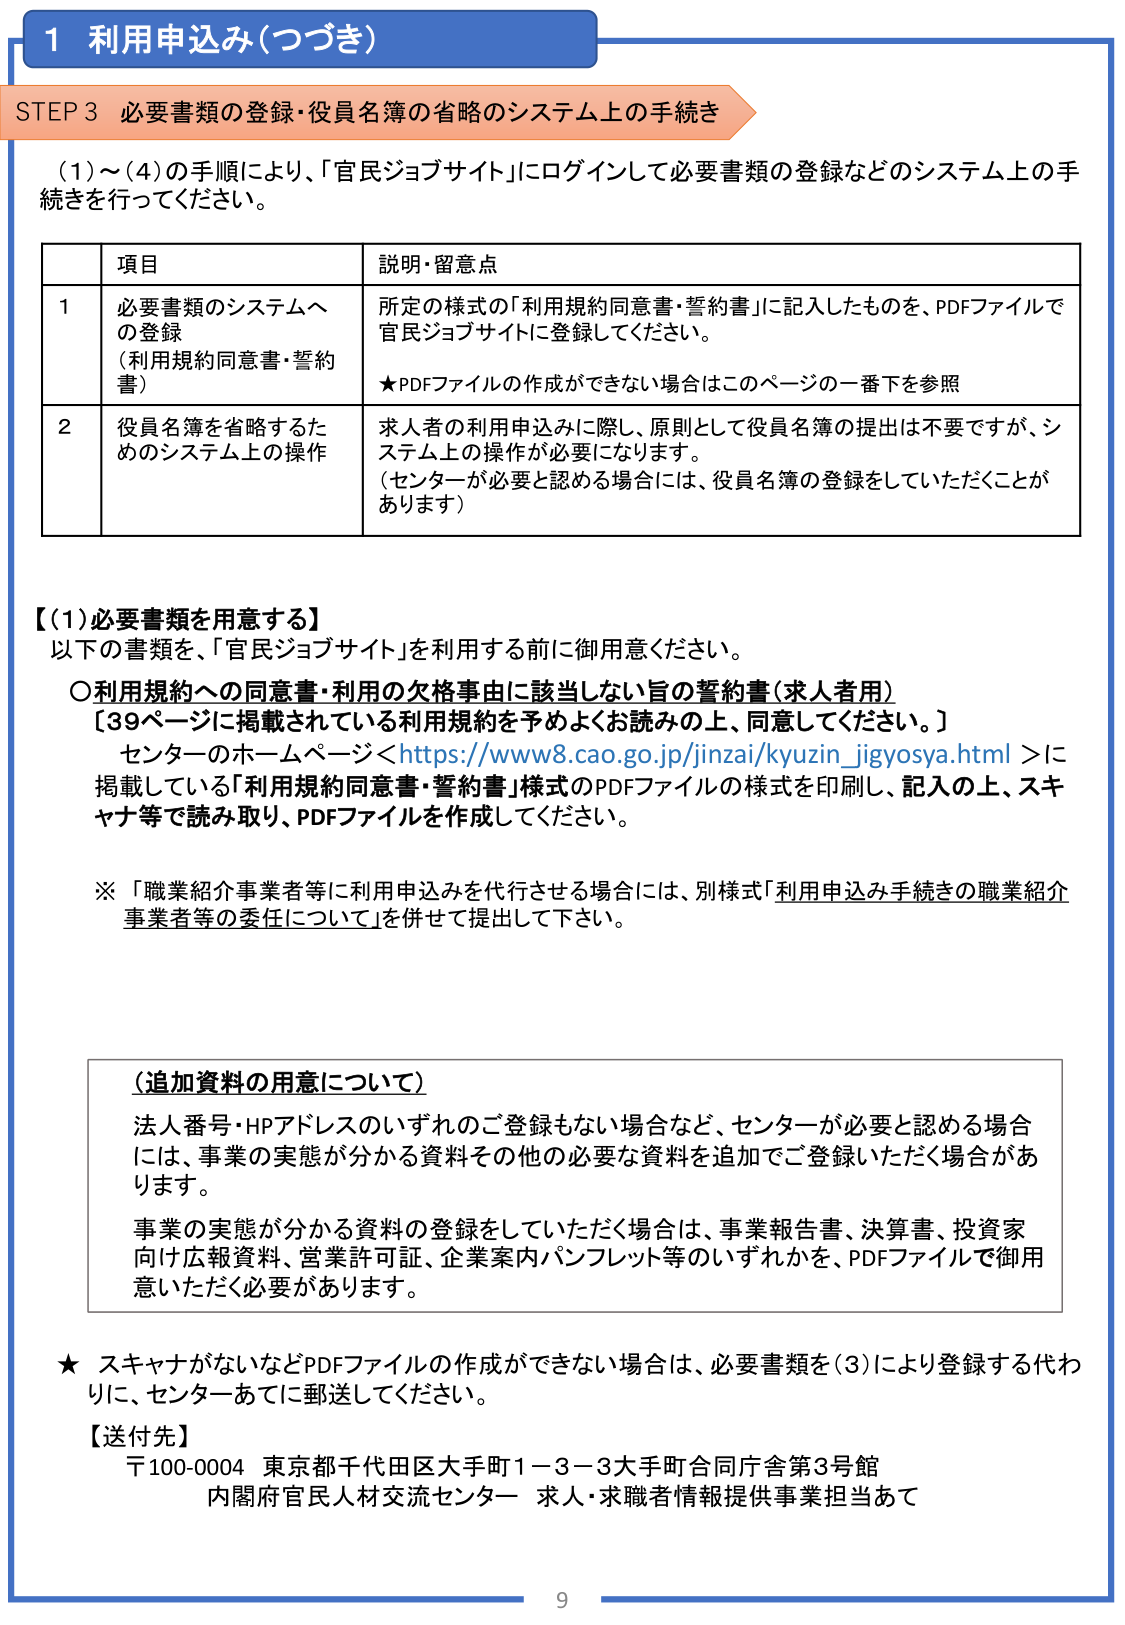
1 利用申込み（つづき）

STEP 3 必要書類の登録・役員名簿の省略のシステム上の手続き

（1）～（4）の手順により、「官民ジョブサイト」にログインして必要書類の登録などのシステム上の手続きを行ってください。

| | 項目 | 説明・留意点 |
|---|---|---|
| 1 | 必要書類のシステムへの登録（利用規約同意書・誓約書） | 所定の様式の「利用規約同意書・誓約書」に記入したものを、PDFファイルで官民ジョブサイトに登録してください。<br>★PDFファイルの作成ができない場合はこのページの一番下を参照 |
| 2 | 役員名簿を省略するためのシステム上の操作 | 求人者の利用申込みに際し、原則として役員名簿の提出は不要ですが、システム上の操作が必要になります。<br>（センターが必要と認める場合には、役員名簿の登録をしていただくことがあります） |

【（1）必要書類を用意する】
以下の書類を、「官民ジョブサイト」を利用する前に御用意ください。

○利用規約への同意書・利用の欠格事由に該当しない旨の誓約書（求人者用）
【39ページに掲載されている利用規約を予めよくお読みの上、同意してください。】
センターのホームページ＜https://www8.cao.go.jp/jinzai/kyuzin_jigyosya.html＞に掲載している「利用規約同意書・誓約書」様式のPDFファイルの様式を印刷し、記入の上、スキャナ等で読み取り、PDFファイルを作成してください。

※「職業紹介事業者等に利用申込みを代行させる場合には、別様式「利用申込み手続きの職業紹介事業者等の委任について」を併せて提出して下さい。

（追加資料の用意について）
法人番号・HPアドレスのいずれのご登録もない場合など、センターが必要と認める場合には、事業の実態が分かる資料その他必要な資料を追加でご登録いただく場合があります。
事業の実態が分かる資料の登録をしていただく場合は、事業報告書、決算書、投資家向け広報資料、営業許可証、企業案内パンフレット等のいずれかを、PDFファイルで御用意いただく必要があります。

★ スキャナがないなどPDFファイルの作成ができない場合は、必要書類を（3）により登録する代わりに、センターあてに郵送してください。

【送付先】
〒100-0004 東京都千代田区大手町1－3－3大手町合同庁舎第3号館
内閣府官民人材交流センター 求人・求職者情報提供事業担当あて

9